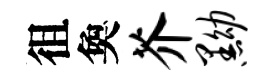
徂奐芥黝